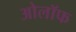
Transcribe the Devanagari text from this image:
ओलॉफ